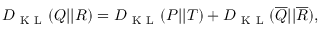
D _ { \mathrm { ~ K ~ L ~ } } ( Q | | R ) = D _ { \mathrm { ~ K ~ L ~ } } ( P | | T ) + D _ { \mathrm { ~ K ~ L ~ } } ( \overline { { Q } } | | \overline { { R } } ) ,